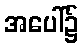
အပေါ်၌